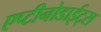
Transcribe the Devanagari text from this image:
एप्टीनोडाईट्स